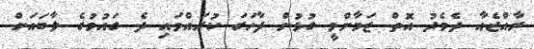
ރާއްޖެއާ ދެމެދު އޮތް ޒަމާންވީ ގުޅުން ފާހަގަ ކުރައްވައި ދެ ގައުމުގެ ލާބައަށް